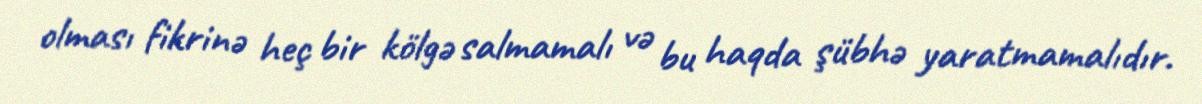
olması fikrinə heç bir kölgə salmamalı və bu haqda şübhə yaratmamalıdır.